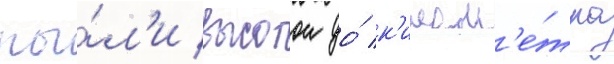
пы́л'и высотои до́ к'илом'е́тра